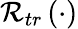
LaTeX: \mathcal{R}_{tr}\left(\cdot\right)